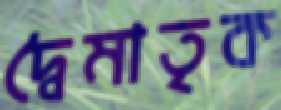
দ্বৈমাতৃক